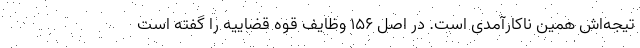
تیجه‌اش همین ناکارآمدی است. در اصل ۱۵۶ وظایف قوه قضاییه را گفته است